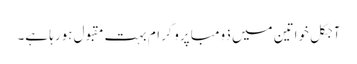
آجکل خواتین میں ذومبا پروگرام بہت مقبول ہورہا ہے۔